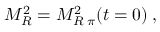
M _ { R } ^ { 2 } = { \cal M } _ { R \; \pi } ^ { 2 } ( t = 0 ) \; ,